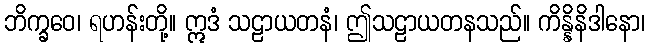
ဘိက္ခဝေ၊ ရဟန်းတို့။ ဣဒံ သဠာယတနံ၊ ဤသဠာယတနသည်။ ကိန္နိနိဒါနော၊